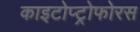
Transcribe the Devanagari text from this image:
काइटोप्ट्रोफोरस